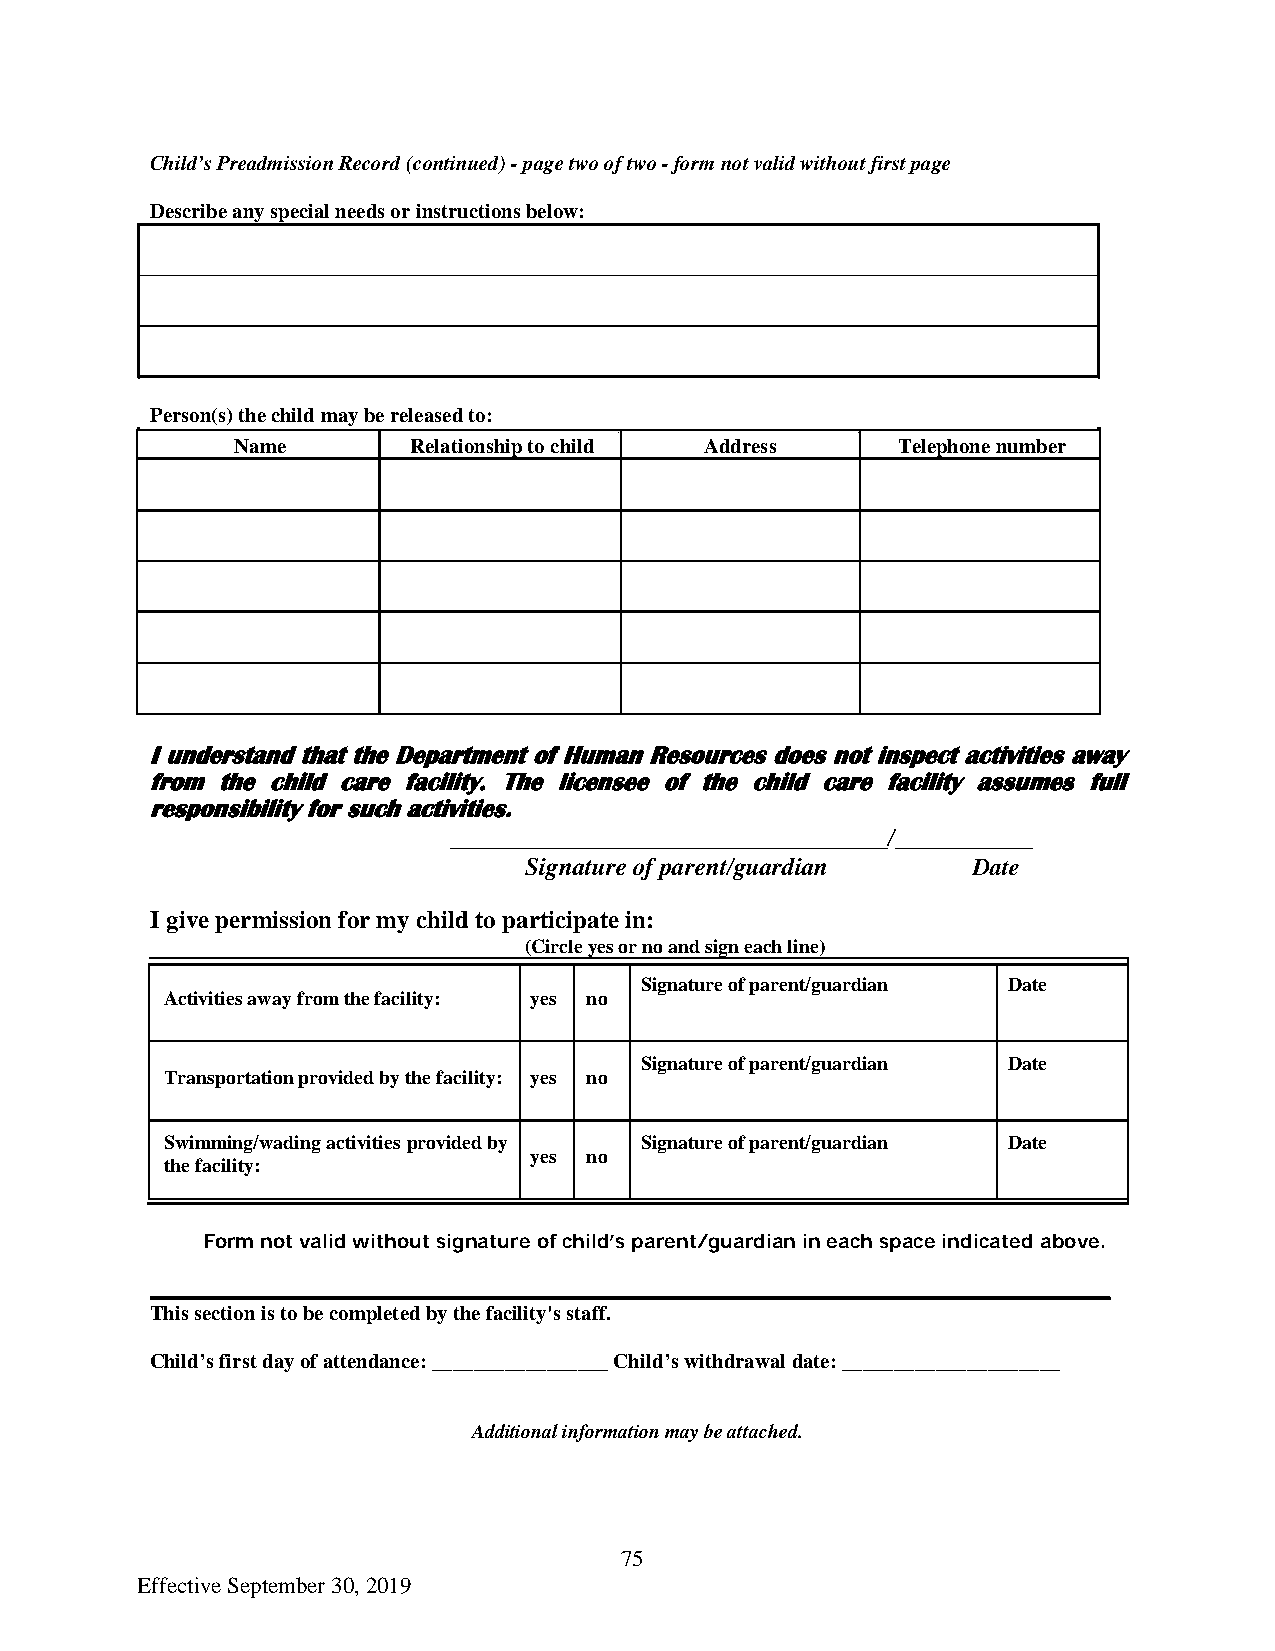
Child’s Preadmission Record (continued) - page two of two - form not valid without first page
 Describe any special needs or instructions below:
 Person(s) the child may be released to:
 Name       Relationship to child Address   Telephone number
 I understand that the Department of Human Resources does not inspect activities away
 from the child care facility. The licensee of the child care facility assumes full
 responsibility for such activities.
 ___________________________________/___________
 Signature of parent/guardian Date
 I give permission for my child to participate in:
 (Circle yes or no and sign each line)
 Signature of parent/guardian Date
 Activities away from the facility: yes no
 Signature of parent/guardian Date
 Transportation provided by the facility: yes no
 Swimming/wading activities provided by Signature of parent/guardian Date
 the facility:
 yes no
 Form not valid without signature of child’s parent/guardian in each space indicated above.
 _________________________________________________________________________________________________
 This section is to be completed by the facility's staff.
 Child’s first day of attendance: _________________ Child’s withdrawal date: _____________________
 Additional information may be attached.
 75
 Effective September 30, 2019